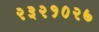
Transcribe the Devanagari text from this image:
२३२१०२७